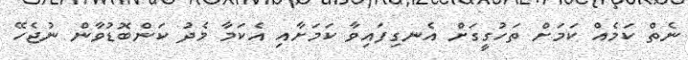
ނެތް ކަމެއް ކަމަށް ތަހުގީގަށް އެނގިފައިވާ ކަމަށާއި އެކަމާ މެދު ކަންބޮޑުވާން ނުޖެހޭ